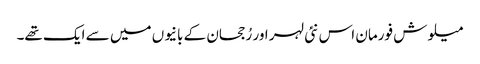
میلوش فورمان اس نئی لہر اور رُجحان کے بانیوں میں سے ایک تھے۔